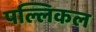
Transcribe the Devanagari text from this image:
पल्लिकल